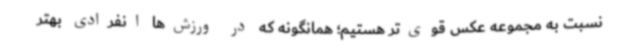
نسبت به مجموعه عکس قوی‌تر هستیم؛ همانگونه که در ورزش‌ها انفرادی بهتر